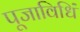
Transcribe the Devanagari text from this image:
पूजाविधिं